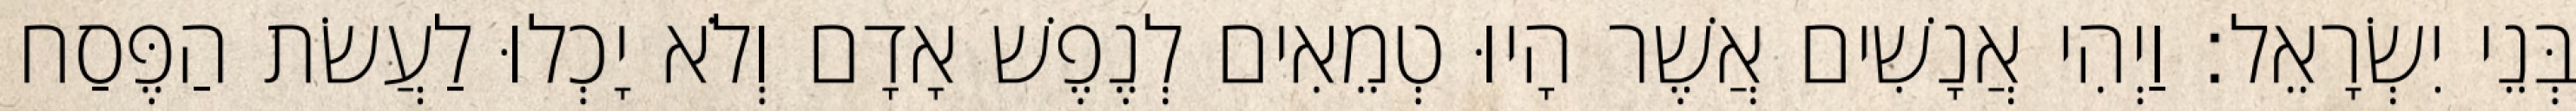
בְּנֵי יִשְׂרָאֵל׃ וַיְהִי אֲנָשִׁים אֲשֶׁר הָיוּ טְמֵאִים לְנֶפֶשׁ אָדָם וְלֹא יָכְלוּ לַעֲשׂת הַפֶּסַח